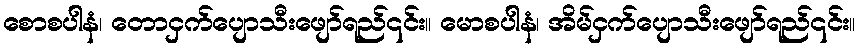
စောစပါနံ၊ တောငှက်ပျောသီးဖျော်ရည်၎င်း။ မောစပါနံ၊ အိမ်ငှက်ပျောသီးဖျော်ရည်၎င်း။